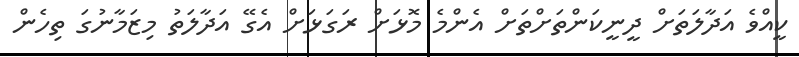
ކީއްވެ އަދާލަތަށް ދީނީކަންތަށްތަށް އެންމެ މޮޅަށް ރަގަޅަށް އެގޭ އަދާލަތު މިޒަމާނުގަ ތިހެން